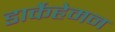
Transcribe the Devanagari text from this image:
डार्केहेमन